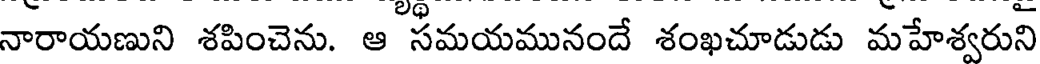
నారాయణుని శపించెను. ఆ సమయమునందే శంఖచూడుడు మహేశ్వరుని